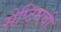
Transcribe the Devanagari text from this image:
सेप्टिमची